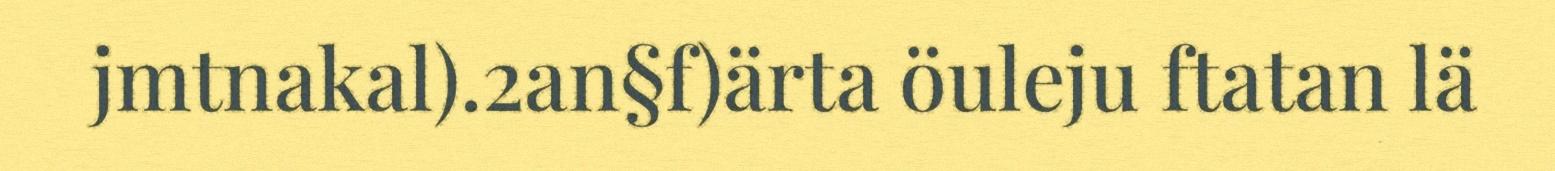
jmtnakal).2an§f)ärta öuleju ftatan lä